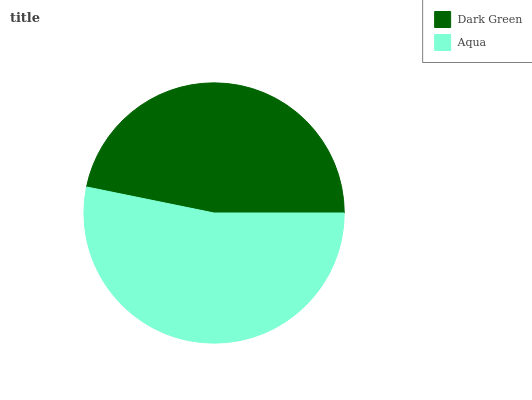
| Dark Green | Aqua |
 | --- | --- |
 | 46.8% | 53.2% |